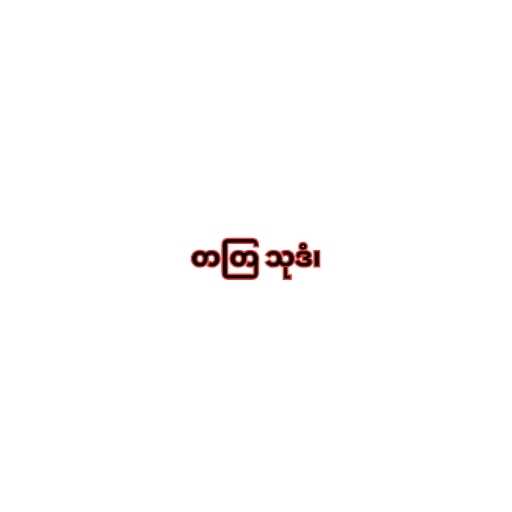
တတြ သုဒံ၊